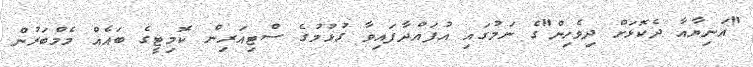
"އަނިޔާއާ ދެކޮޅަށް ދިވެހިން"ގެ ނަމުގައި އުފައްދާފައިވާ ގުޅުމުގެ ސްޓިއަރިން ކޮމިޓީގެ ބައެއް މެމްބަރުން